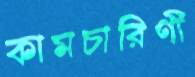
কামচারিণী